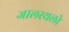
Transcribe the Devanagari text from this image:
जालस्थलो